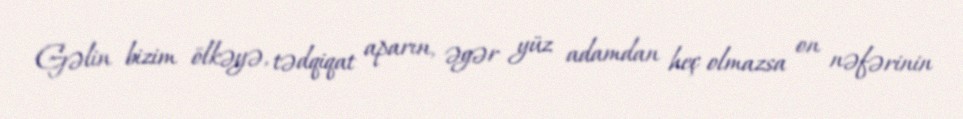
Gəlin bizim ölkəyə, tədqiqat aparın, əgər yüz adamdan heç olmazsa on nəfərinin